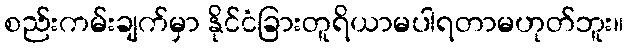
စည်းကမ်းချက်မှာ နိုင်ငံခြားတူရိယာမပါရတာမဟုတ်ဘူး။